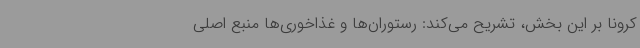
کرونا بر این بخش، تشریح می‌کند: رستوران‌ها و غذاخوری‌ها منبع اصلی